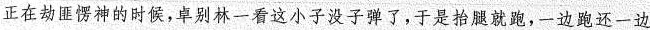
正在劫匪愣神的时候，卓别林一看这小子没子弹了，于是抬腿就跑，一边跑还一边